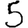
Digit: 5